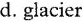
d. glacier